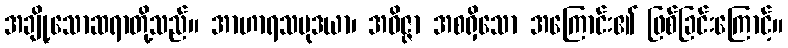
အချို့သောဆရာတို့သည်။ အာဟာရသမုဒယာ၊ အဝိဇ္ဇာ အစရှိသော အကြောင်း၏ ဖြစ်ခြင်းကြောင့်။